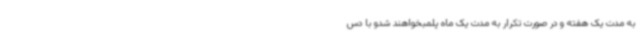
به مدت یک هفته و در صورت تکرار به مدت یک ماه پلمبخواهند شدو با دس